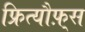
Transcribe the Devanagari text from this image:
फ्रित्यौफ़्स